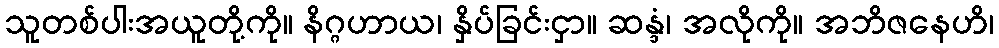
သူတစ်ပါးအယူတို့ကို။ နိဂ္ဂဟာယ၊ နှိပ်ခြင်းငှာ။ ဆန္ဒံ၊ အလိုကို။ အဘိဇနေဟိ၊